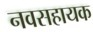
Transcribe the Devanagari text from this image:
नवसहायक